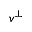
v ^ { \perp }